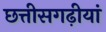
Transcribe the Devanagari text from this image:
छत्तीसगढ़ीयां